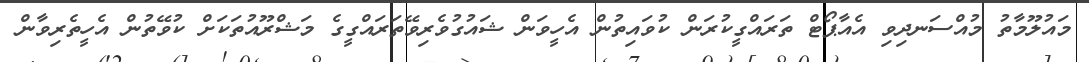
މައުލޫމާތު މުއްސަނދިވި އެއާޕޯޓް ތަރައްގީކުރަން ކުވައިތުން އެހީވަން ޝައުގުވެރިވޭތަރައްގީގެ މަޝްރޫއުތަކަށް ކުވޭތުން އެހީތެރިވާން